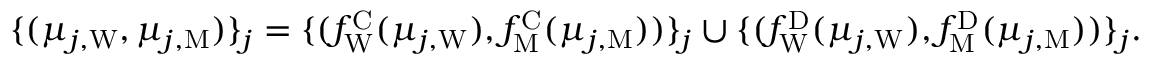
\begin{array} { r } { \{ ( \mu _ { j , \mathrm { W } } , \mu _ { j , \mathrm { M } } ) \} _ { j } = \{ ( f _ { \mathrm { W } } ^ { \mathrm { C } } ( \mu _ { j , \mathrm { W } } ) , f _ { \mathrm { M } } ^ { \mathrm { C } } ( \mu _ { j , \mathrm { M } } ) ) \} _ { j } \cup \{ ( f _ { \mathrm { W } } ^ { \mathrm { D } } ( \mu _ { j , \mathrm { W } } ) , f _ { \mathrm { M } } ^ { \mathrm { D } } ( \mu _ { j , \mathrm { M } } ) ) \} _ { j } . } \end{array}